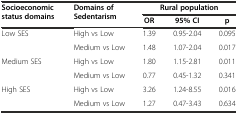
| Socioeconomic status domains | Domains of Sedentarism | <COLSPAN=3> Rural population |
 |  |  | OR | 95% CI | p |
 | --- | --- | --- | --- | --- |
 | <ROWSPAN=2> Low SES | High vs Low | 1.39 | 0.95-2.04 | 0.095 |
 | Medium vs Low | 1.48 | 1.07-2.04 | 0.017 |
 | <ROWSPAN=2> Medium SES | High vs Low | 1.80 | 1.15-2.81 | 0.011 |
 | Medium vs Low | 0.77 | 0.45-1.32 | 0.341 |
 | High SES | High vs Low | 3.26 | 1.24-8.55 | 0.016 |
 |  | Medium vs Low | 1.27 | 0.47-3.43 | 0.634 |